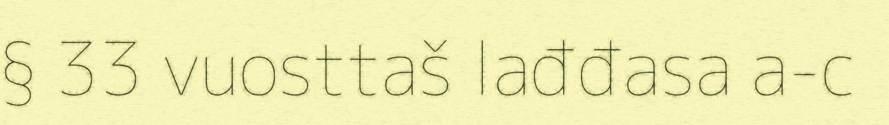
§ 33 vuosttaš lađđasa a-c